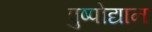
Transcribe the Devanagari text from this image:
पुष्पोद्यान